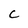
Character: C